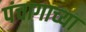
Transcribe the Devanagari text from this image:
पंचागाच्या